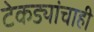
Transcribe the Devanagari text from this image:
टेकड्यांचाही